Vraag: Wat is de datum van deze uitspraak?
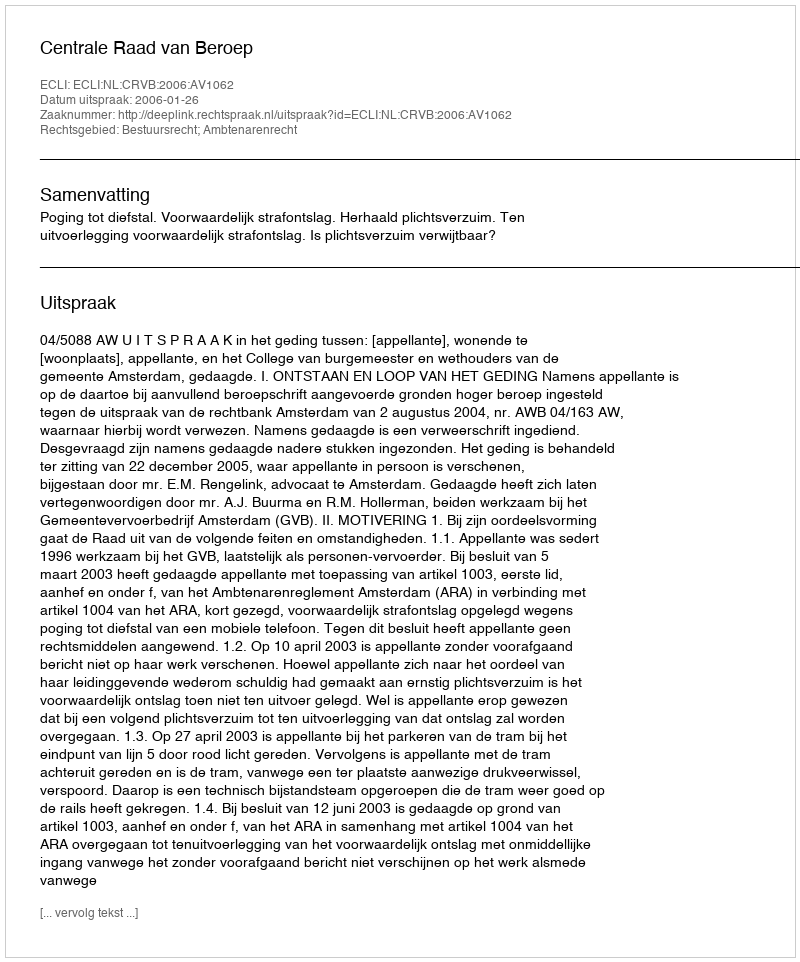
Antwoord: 2006-01-26